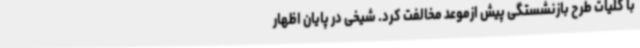
با کلیات طرح بازنشستگی پیش ازموعد مخالفت کرد. شیخی در پایان اظهار